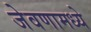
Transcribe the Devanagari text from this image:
जेवणामध्ये